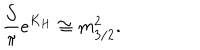
{ \frac { \cal S } { \pi } } e ^ { K _ { H } } \cong m _ { 3 / 2 } ^ { 2 } .